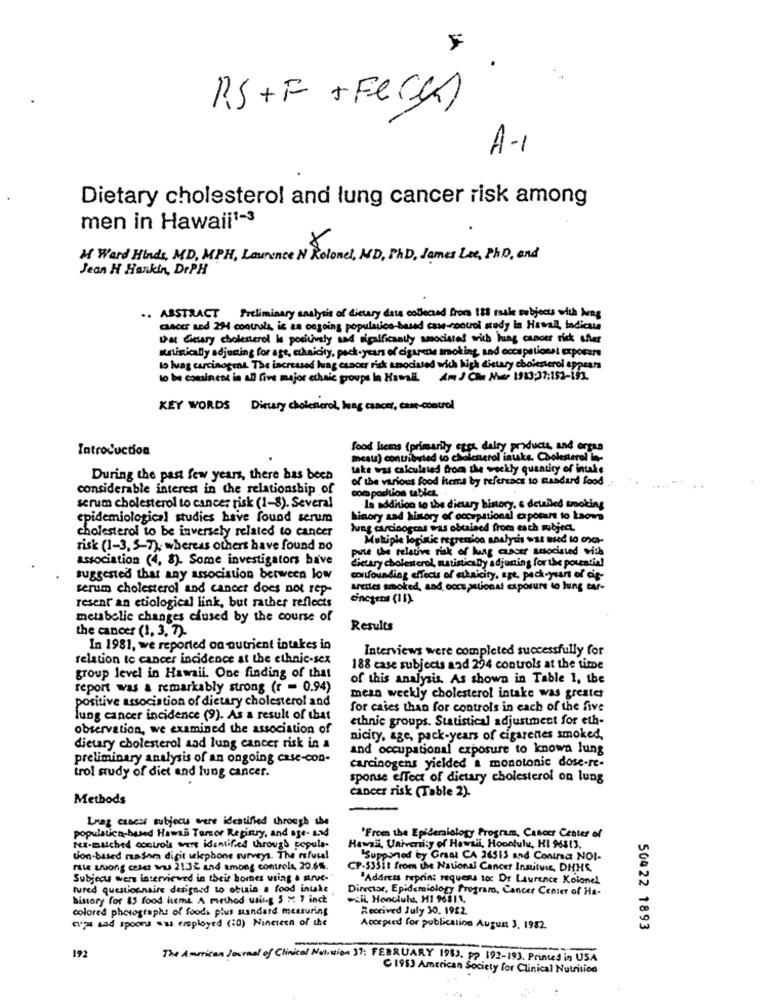
F
RS+F + Fe(g)
A-1
Dietary cholesterol and lung cancer risk among
men in Hawaii1-3
M Ward Hinds, MD, MPH, Laurence N Rolonel, MD, PHD, James Lee, PHD, and
Jean H Hankin, DrPH
.. ABSTRACT Preliminary analysis of dietary dois codeand from 188 male subjects with haag
anos and 201 controls, is an ongoing population-based case-rootol mody in Haval, Indicate
Det Geary cholesterol is positively and rigalficaally amorties with lung cancer risk other
statistically adjuning for age, ethnicity, pack-years of cigarene smoking, and occupationsi expocare
to lvag carcinogens The increased lung cancer risk amocisted wich high dietary cholesterol appears
to be consinens in all five major ethnic groups le Hawall. Am J Clin Nutr 1910:37:152-152
KEY WORDS Dietary cholesterol, haag cancer, came-control
Introduction
food home ( primarily apps dairy products and orgas
mesu) contributed to cholesterol intake. Cholesterol -
take was calculated from the weekly quantity of intake
During the past few years, there has been
of the various food Items by reference to Blandurd food
considerable interest in the relationship of
com podtion tables.
serum cholesterol to cancer risk (1-8). Several
In addition to the dieury history, e detailed smoking
epidemiological studies have found serum
Linory and history of occupational exposure to taowe
cholesterol to be inversely related to cancer
lung carcinogens was obtained from each mobject
Multiple loginic regression analysis wat sued lo oxs-
risk (1-3, 5-7), whereas others have found no
punte the relative risk of lung cancer associated with
association (4, 8). Some investigators bave
dietary cholesterol, matistically adjaning for the potential
suggested that any association between low
confounding effects of ethnicity, art, pack-year of es-
serum cholesterol and cancer does not rep-
arettes smoked, sad, occupational exposure to lung tar-
resent an etiological link, but rather reflects
enctens (11)
metabolic changes cfused by the course of
the cancer (1, 3, 7).
Results
In 1981, we reported on nutrient intakes in
Interviews were completed successfully for
relation te cancer incidence at the ethnic-sex
188 case subjects and 294 controls at the time
group level in Hawaii. One finding of that
of this analysis. As shown in Table 1, the
report was a remarkably strong (r = 0.94)
positive association of dietary cholesterol and
mean weekly cholesterol intake was greater
for cases than for controls in each of the five
lung cancer incidence (9). As a result of that
ethnic groups. Statistical adjustment for eth-
observation, we examined the association of
nicity, age, pack-years of cigarentes smoked,
dietary cholesterol and lung cancer risk in a
and occupational exposure to knowa lung
preliminary analysis of an ongoing case-con-
carcinogens yielded a monotonic dose-re-
trol study of diet and lung cancer.
sponse effect of dietary cholesterol on lung
Methods
cancer risk (Table 2).
Lnag casess subjecu were identified through the
'From the Epidemiology Program, Cancer Center of
populalica-based Hamas Teror Registry, and age- and
1ex-matched controls were identified through popula-
Hawaii, University of Hawaii, Hoonlulu, HI 96813.
ton-based rasom digit wlephone surveys. The refusal
"Supponod by Graal CA 26513 and Conina NOI-
rie wrong ceset was 2132 and among controls 20.6%.
CP-533it from the National Cancer Insituie, DHHS
Subjecu wers interviewed in their homes using . struc-
"Address reprint requests to: Dr Laurence Kolonel
tured questionnaire designed to obtain a food intake
Director, Epidemiology Prograro, Cancer Center of Ha-
bisory for $5 food items A method using 5 x 7 inch
weil, Honcluba, H1 9631.1.
colored photographs of foods plus standard measuring
Received July 30, 1982
cops sad spoon was employed (10) Nineteen of the
Accepted for publication August 3, 1982.
50422 1893
192
The American Journal of Clinical Nulsion 31: FEBRUARY 1933. pp 192-193. Printed in USA
C 1983 American Society for Clinical Nutrition